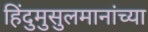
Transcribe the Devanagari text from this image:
हिंदुमुसुलमानांच्या